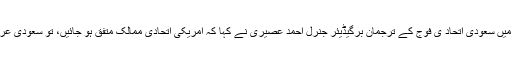
عرب ٹی وی کو دیے گئے انٹرویو میں سعودی وزیر دفاع کے مشیر اور یمن میں سعودی اتحاد ی فوج کے ترجمان برگیڈیئر جنرل احمد عصیری نے کہا کہ امریکی اتحادی ممالک متفق ہو جائیں، تو سعودی عرب شام میں داعش کے خلاف زمینی آپریشن میں حصہ لینے کے لیے تیار ہے۔